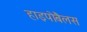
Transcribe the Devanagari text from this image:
हाइपोबैलस